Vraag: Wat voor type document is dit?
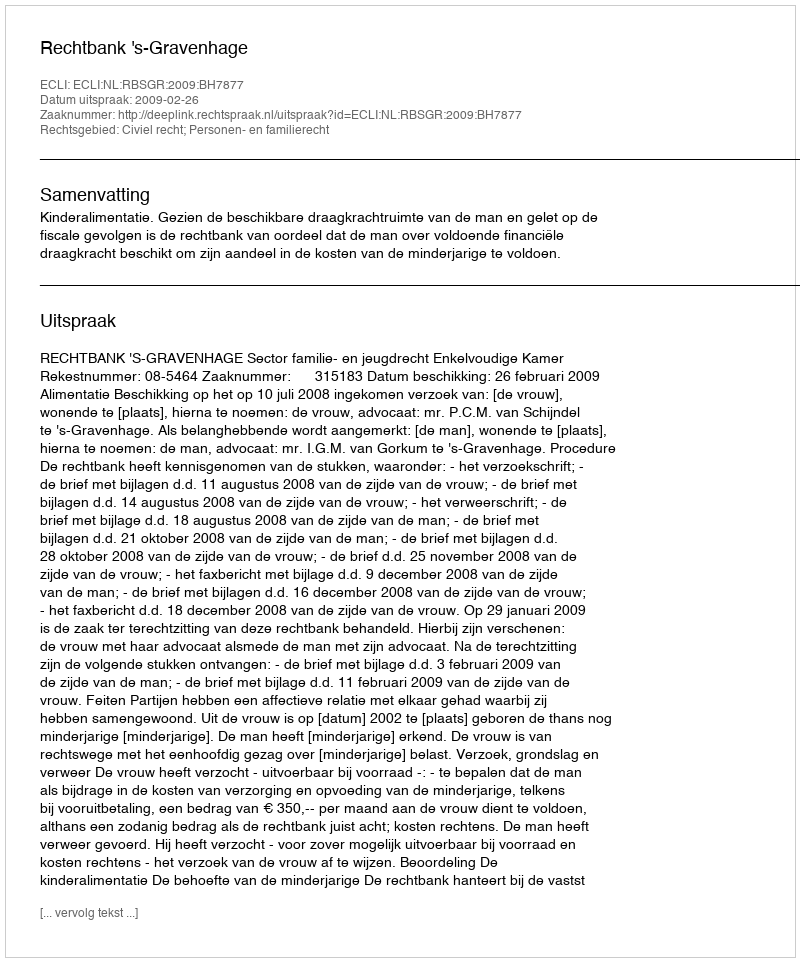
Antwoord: Uitspraak